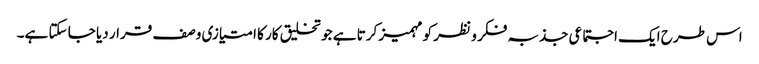
اس طرح ایک اجتماعی جذبہ فکر و نظر کو مہمیز کرتا ہے جو تخلیق کار کا امتیازی وصف قرار دیا جا سکتا ہے۔